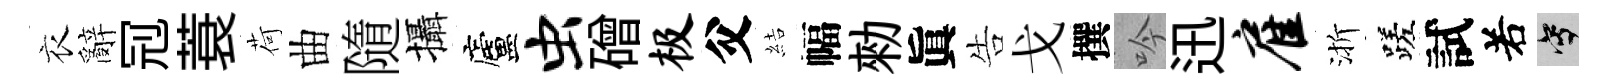
衣辭𠜍蓑荷曲隨攝廬虫磳极父結幅勑眞告戈撰吟迅雇渐蹉試𠰥寫